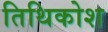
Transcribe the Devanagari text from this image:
तिथिकोश